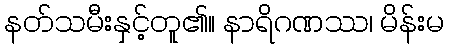
နတ်သမီးနှင့်တူ၏။ နာရိဂဏဿ၊ မိန်းမ